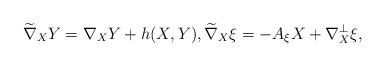
LaTeX: \begin{align*}\widetilde{\nabla}_XY=\nabla_XY+h(X,Y),\widetilde{\nabla}_X\xi=-A_{\xi}X+\nabla^{\perp}_X\xi,\end{align*}